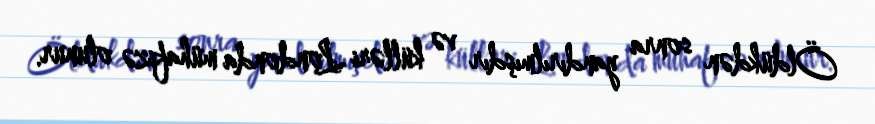
Öldükdən sonra yandırılmışdır və külləri Londonda mühafizə olunur.